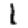
Digit: 1